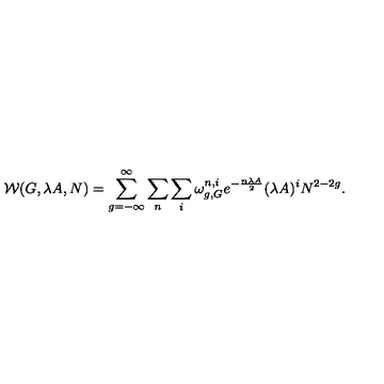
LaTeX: { \cal W } ( G , \lambda A , N ) = \sum _ { g = - \infty } ^ { \infty } \sum _ { n } \sum _ { i } \omega _ { g , G } ^ { n , i } e ^ { - { \frac { n \lambda A } { 2 } } } ( \lambda A ) ^ { i } N ^ { 2 - 2 g } .